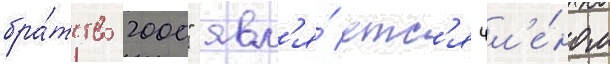
бра́тство 2000" явл'я́етс'я чл'е́ном